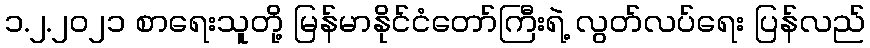
၁.၂.၂၀၂၁ စာရေးသူတို့ မြန်မာနိုင်ငံတော်ကြီးရဲ့ လွတ်လပ်ရေး ပြန်လည်